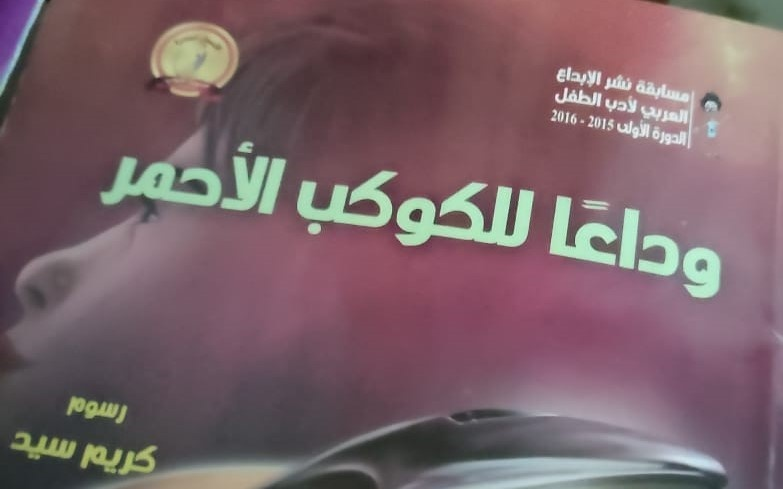
Text in image: الإبداع نشر مسابقة الطفل لأدب العربي الأولى الدورة الأحمر للكوكب وداعا رسوم سيد كريم 2016 2015